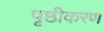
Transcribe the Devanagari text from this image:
पृष्ठीकरण